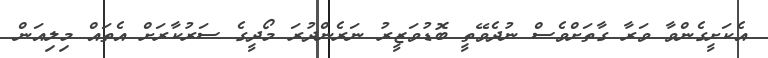
އެކަށީގެންވާ ވަރާ ގާތަށްވެސް ނުދެވޭތީ ބޮޑުވަޒީރު ނަރެންދުރަ މޯދީގެ ސަރުކާރަށް އެތައް މިލިއަން